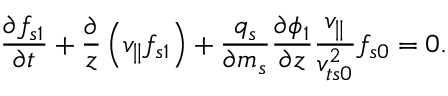
\frac { \partial f _ { s 1 } } { \partial t } + \frac { \partial } { z } \left( v _ { \parallel } f _ { s 1 } \right) + \frac { q _ { s } } { \partial m _ { s } } \frac { \partial \phi _ { 1 } } { \partial z } \frac { v _ { \parallel } } { v _ { t s 0 } ^ { 2 } } f _ { s 0 } = 0 .